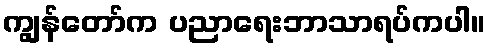
ကျွန်တော်က ပညာရေးဘာသာရပ်ကပါ။